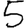
Digit: 5